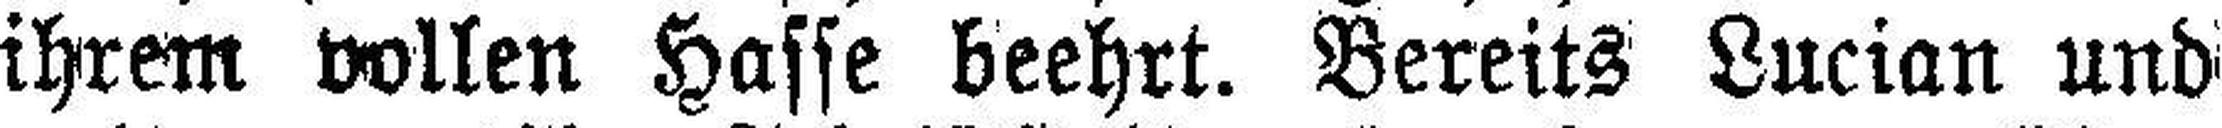
ihrem vollen Hasse beehrt. Bereits Lucian und